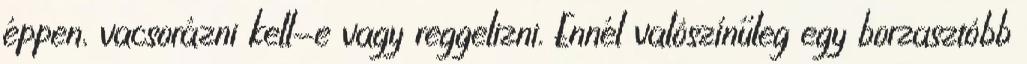
éppen, vacsorázni kell-e vagy reggelizni. Ennél valószínűleg egy borzasztóbb